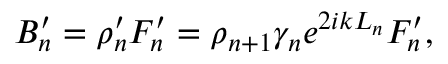
B _ { n } ^ { \prime } = \rho _ { n } ^ { \prime } F _ { n } ^ { \prime } = \rho _ { n + 1 } \gamma _ { n } e ^ { 2 i k L _ { n } } F _ { n } ^ { \prime } ,